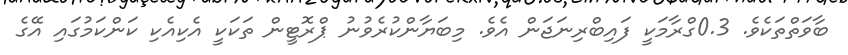
ބާވަތްތަކެވެ. 0.3ގްރާމަކީ ފައިބްރިނަޖަން އެވެ. މިބަޔާންކުރެވުނު ޕްރޮޓީން ތަކަކީ އެކިއެކި ކަންކަމުގައި އޭގެ